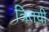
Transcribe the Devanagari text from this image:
त्रितयी